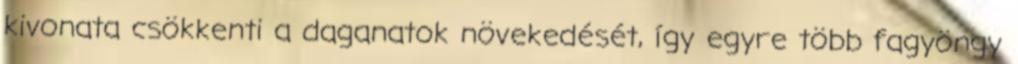
kivonata csökkenti a daganatok növekedését, így egyre több fagyöngy